Scientific memoirs by medical officers of the Army of India - Part II,
Year: 1886
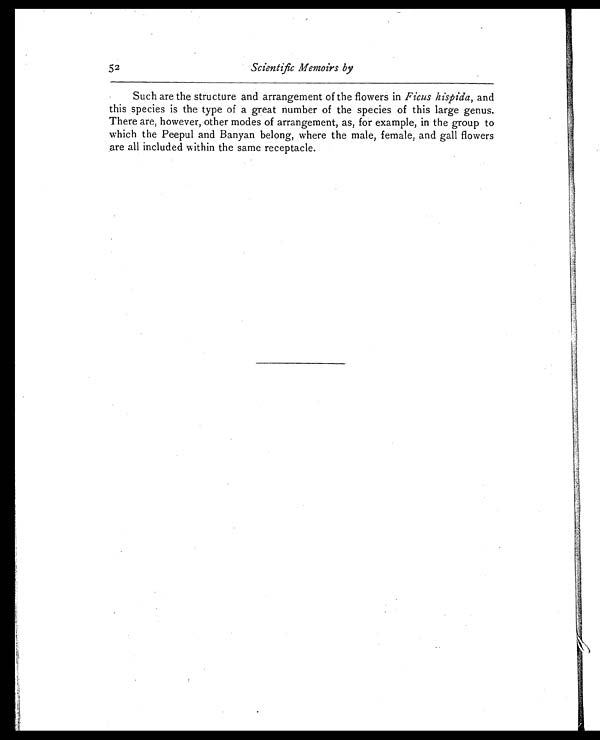
52 Scientific Memoirs b y
Such are the structure and arrangement of the flowers in Ficus hispida, and
this species is the type of a great number of the species of this large genus.
There are, however, other modes of arrangement, as, for example, in the group to
which the Peepul and Banyan belong, where the male, female, and gall flowers
are all included within the same receptacle.